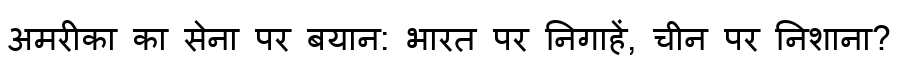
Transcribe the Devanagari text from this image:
अमरीका का सेना पर बयान: भारत पर निगाहें, चीन पर निशाना?